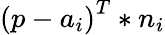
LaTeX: {\left(p-a_{i}\right)}^{T}*n_{i}